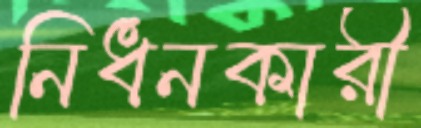
নিধনকারী